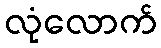
လုံလောက်